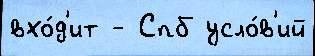
вхо́д'ит - Спб усло́в'ий